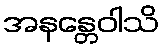
အနန္တေဝါသိ